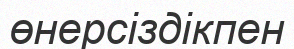
өнерсіздікпен